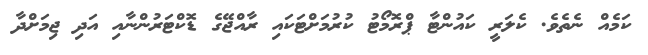
ކަމެއް ނެތެވެ. ކެލަރީ ކައުންޓާ ޕްރޮމޯޓު ކުރުމަށްޓަކައި ރާއްޖޭގެ ޑޮކްޓަރުންނާއި އަދި ޖިމަށްދާ